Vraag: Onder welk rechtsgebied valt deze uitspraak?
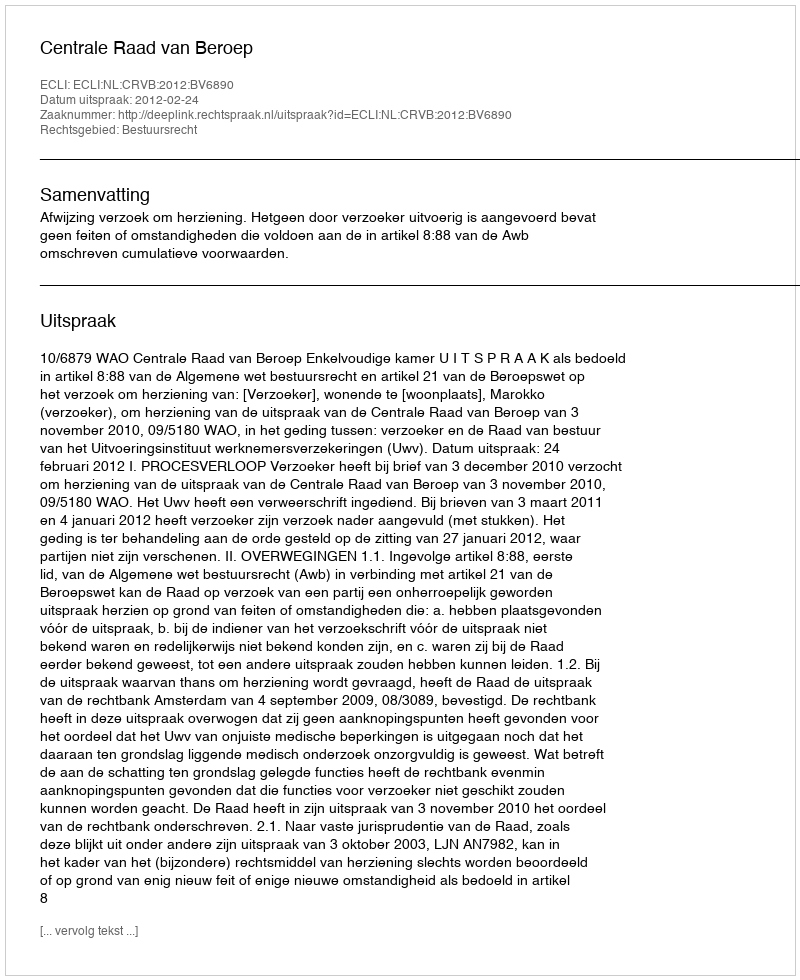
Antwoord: Bestuursrecht